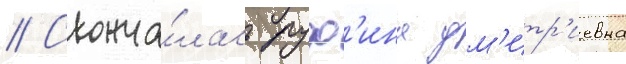
// Сконча́лась руф'ина дм'итр'иевна